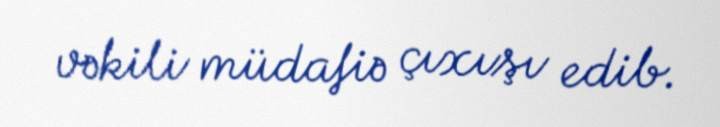
vəkili müdafiə çıxışı edib.